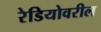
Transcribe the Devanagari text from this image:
रेडियोवरील